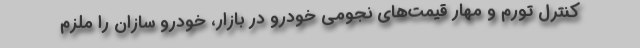
کنترل تورم و مهار قیمت‌های نجومی خودرو در بازار، خودرو سازان را ملزم